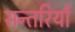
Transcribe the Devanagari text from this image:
सन्तरियों